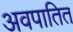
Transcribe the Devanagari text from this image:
अवपातित